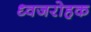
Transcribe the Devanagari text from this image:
ध्वजरोहक